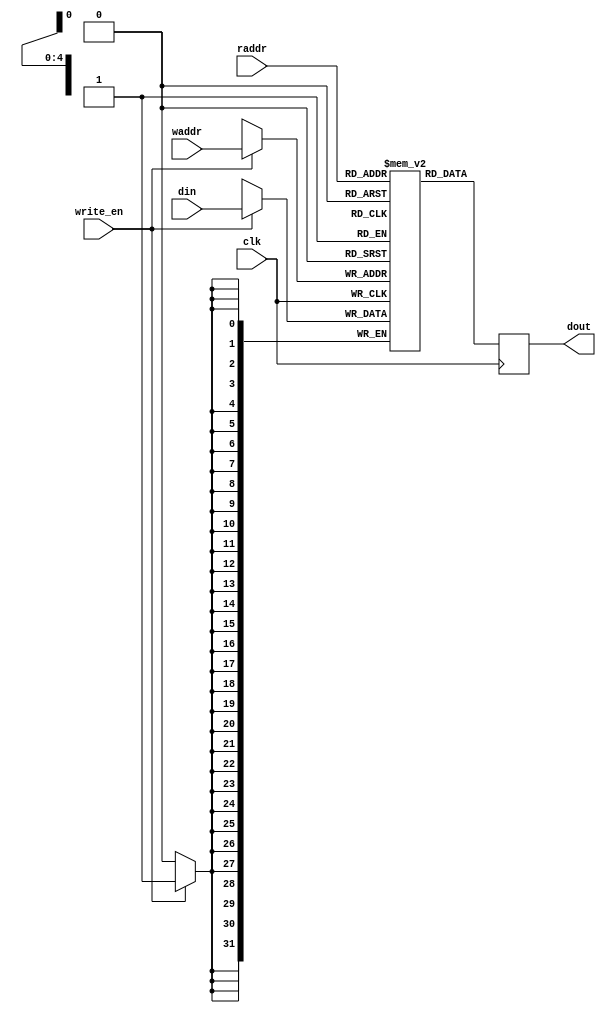
/*
###############################################################################
# Copyright (c) 2019, PulseRain Technology LLC 
#
# This program is distributed under a dual license: an open source license, 
# and a commercial license. 
# 
# The open source license under which this program is distributed is the 
# GNU Public License version 3 (GPLv3).
#
# And for those who want to use this program in ways that are incompatible
# with the GPLv3, PulseRain Technology LLC offers commercial license instead.
# Please contact PulseRain Technology LLC (www.pulserain.com) for more detail.
#
###############################################################################
*/

`default_nettype none

module dual_port_ram #(parameter ADDR_WIDTH = 5, DATA_WIDTH = 32) (
          input wire [ADDR_WIDTH - 1 : 0]       waddr, 
          input wire [ADDR_WIDTH - 1 : 0]       raddr,
          
          input wire [DATA_WIDTH - 1 : 0]       din,
          input wire                            write_en, 
          input wire                            clk, 
          output reg [DATA_WIDTH - 1 : 0]       dout
);

        reg [DATA_WIDTH - 1 : 0] mem [(2**ADDR_WIDTH) - 1 : 0] /* synthesis syn_ramstyle="M9K" */;

       
        always @(posedge clk) begin
            if (write_en) begin
                mem[waddr] <= din;
            end
            
            dout <= mem[raddr] ;
        end

endmodule

`default_nettype wire